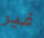
غير